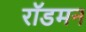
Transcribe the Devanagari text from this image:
रॉडमन